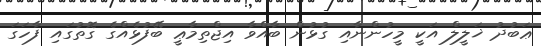
ޢަބުދު ޚަލީލް އަކީ މީހުންނާއި ގުޅުން ބާއްވާ އިޖްތިމާޢީ ބޭފުޅެއްގެ ގޮތުގައި ފާހަގަ